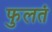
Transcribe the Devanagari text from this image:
फुलतं